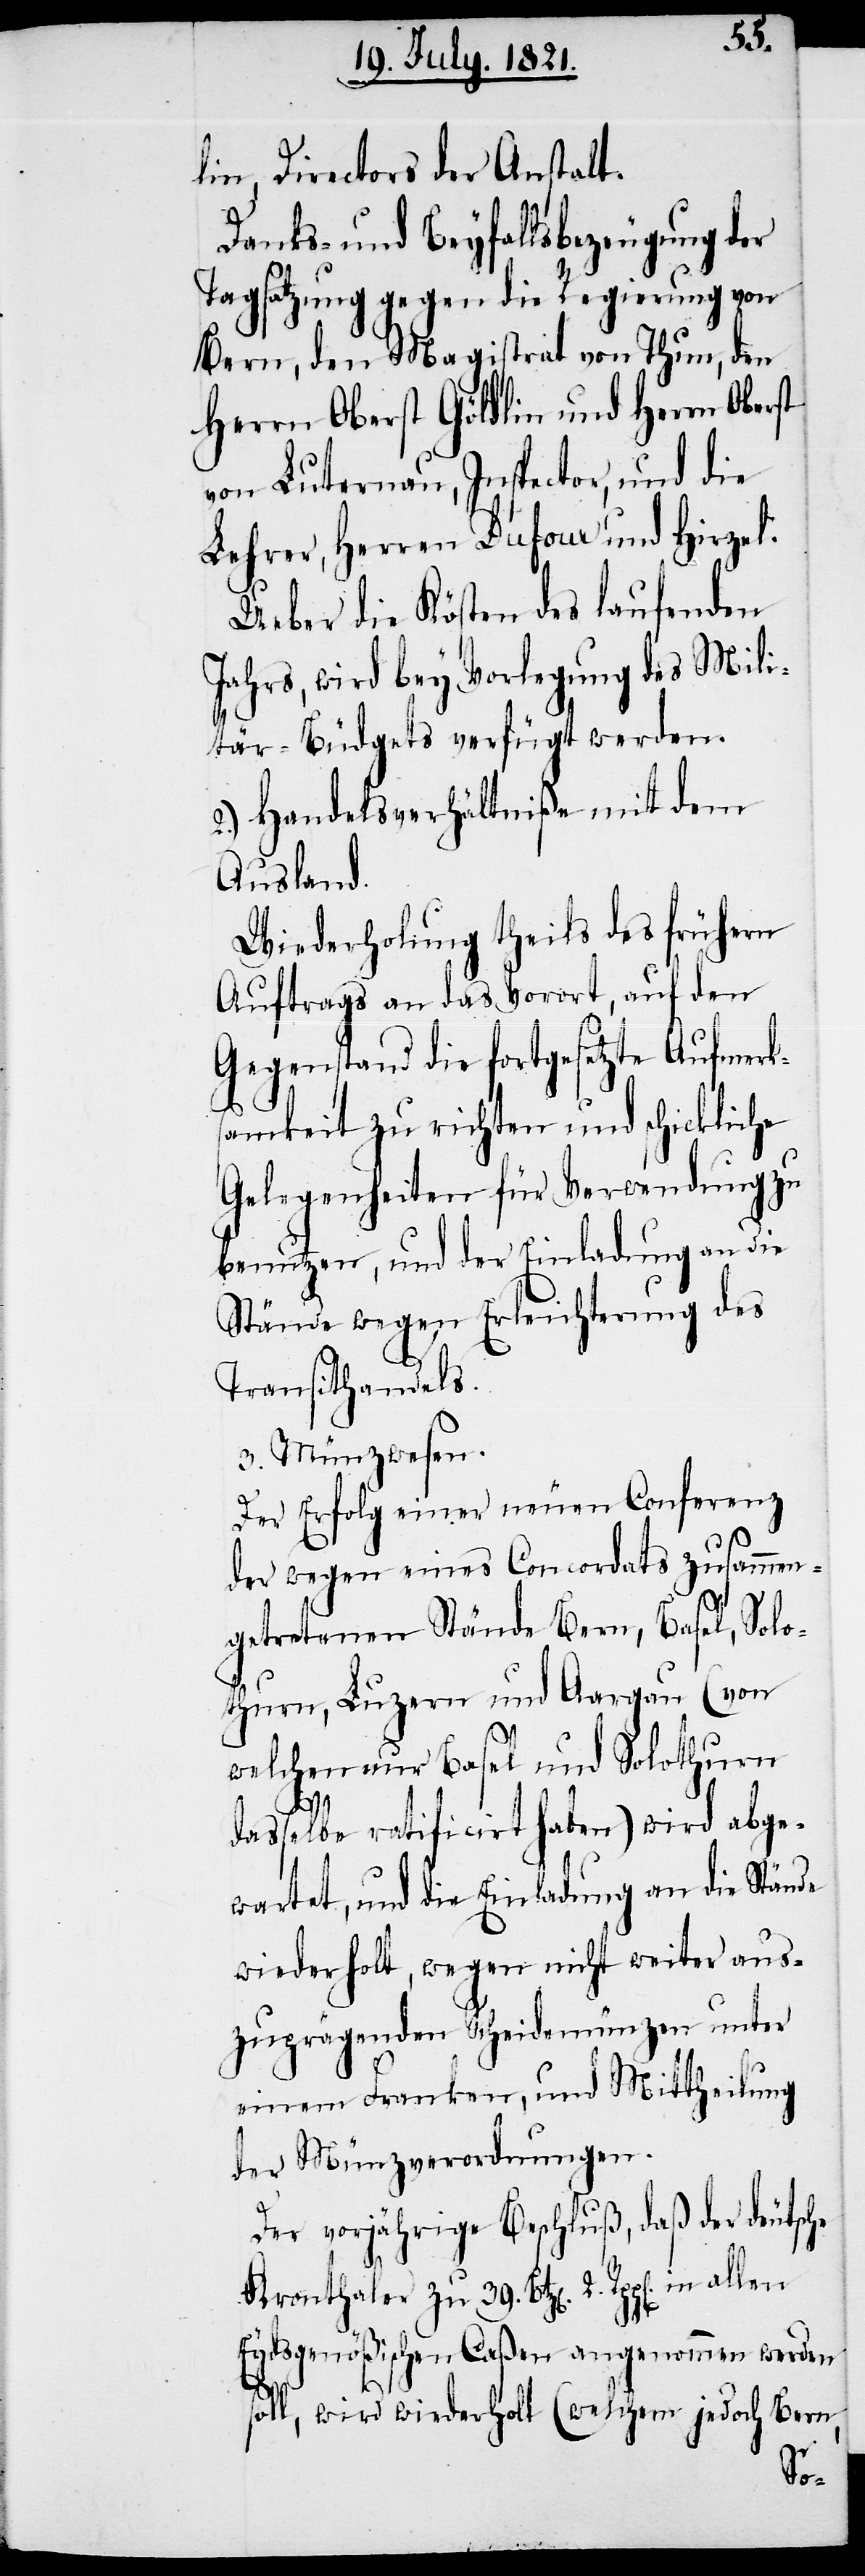
lin Directors der Anstalt.
Danks- und Beyfallsbezeugung der
Tagsatzung gegen die Regierung von
Bern, den Magistrat von Thun, den
Herrn Oberst Göldlin und Herrn Oberst
von Luternau, Inspector, und die
Lehrer, Herren Dufour und Hirzel.
Ueber die Kösten des laufenden
Jahrs, wird bey Vorlegung des Mili¬
tär-Budgets verfügt werden.
2.) Handelsverhältniße mit dem
Ausland.
Wiederholung theils des frühern
Auftrags an das Vorort, auf den
Gegenstand die fortgesetzte Aufmerks¬
amkeit zu richten und schickliche
Gelegenheiten für Verwendung zu
benutzen, und der Einladung an die
Stände wegen Erleichterung des
Transithandels.
3. Münzwesen.
Der Erfolg einer neuen Conferenz
der wegen eines Concordats zusammen¬
getretenen Stände Bern, Basel, Solo¬
thurn, Luzern und Aargau (von
welchen nur Basel und Solothurn
dasselbe ratificirt haben) wird abge¬
wartet, und die Einladung an die Stände
wiederholt, wegen nicht weiter aus¬
zuprägenden Scheidemünzen unter
einem Franken, und Mittheilung
der Münzverordnungen.
Der vorjährige Beschluß, daß der deutsche
Kronthaler zu 39. Btz[en]. 2. Rpp[en].
Eydsgenößischen Caßen angenommen werden
oll, wird wiederholt (welchem jedoch Bern,
s¬